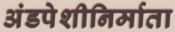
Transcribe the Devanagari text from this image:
अंडपेशीनिर्माता